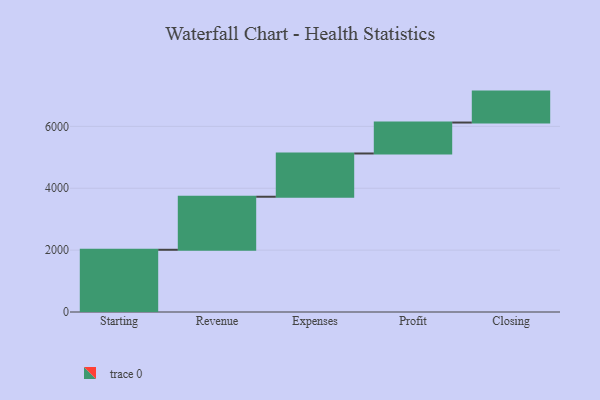
{"axis": {"x": "Step", "y": "Value"}, "legend": [""], "data": [{"x": "Starting", "y": 2011.0, "type": ""}, {"x": "Revenue", "y": 1714.0, "type": ""}, {"x": "Expenses", "y": 1398.0, "type": ""}, {"x": "Profit", "y": 1000, "type": ""}, {"x": "Closing", "y": 1000, "type": ""}]}